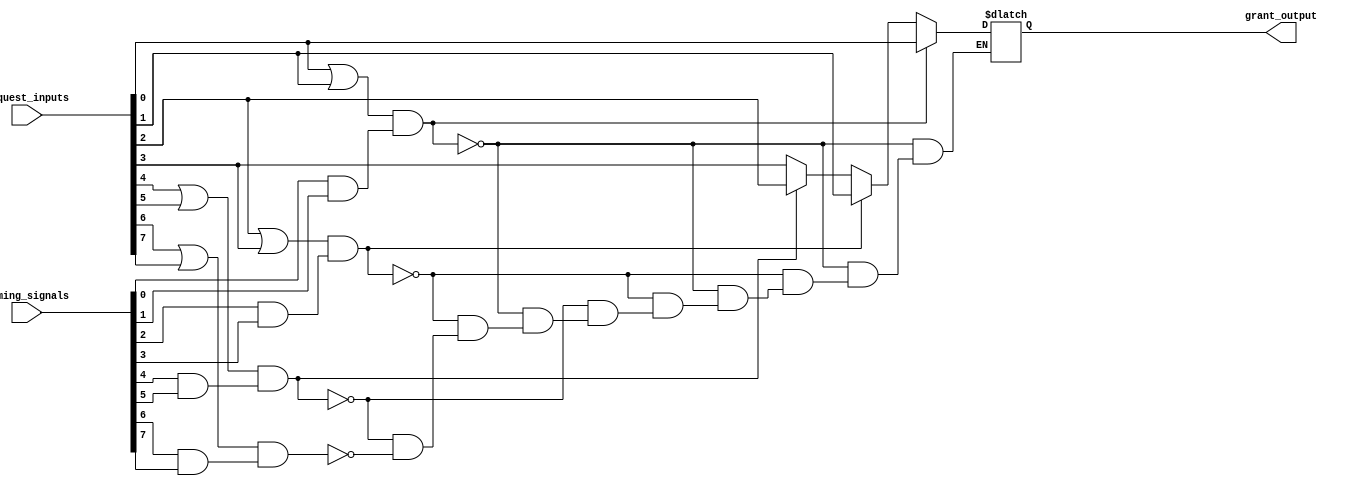
module binary_tree_arbiter (
    input wire [7:0] request_inputs,
    input wire [7:0] timing_signals,
    output wire grant_output
);

reg [7:0] next_level_request_inputs;
reg [7:0] next_level_timing_signals;
reg [7:0] highest_priority_request_input;
reg [3:0] highest_priority_index;

// Timing control and synchronization blocks

always @(*) begin
    next_level_request_inputs[0] = request_inputs[0] | request_inputs[1];
    next_level_request_inputs[1] = request_inputs[2] | request_inputs[3];
    next_level_request_inputs[2] = request_inputs[4] | request_inputs[5];
    next_level_request_inputs[3] = request_inputs[6] | request_inputs[7];
    
    next_level_timing_signals[0] = timing_signals[0] & timing_signals[1];
    next_level_timing_signals[1] = timing_signals[2] & timing_signals[3];
    next_level_timing_signals[2] = timing_signals[4] & timing_signals[5];
    next_level_timing_signals[3] = timing_signals[6] & timing_signals[7];
end

always @(*) begin
    if (next_level_request_inputs[0] && next_level_timing_signals[0]) begin
        highest_priority_request_input = request_inputs[0];
        highest_priority_index = 0;
    end else if (next_level_request_inputs[1] && next_level_timing_signals[1]) begin
        highest_priority_request_input = request_inputs[1];
        highest_priority_index = 1;
    end else if (next_level_request_inputs[2] && next_level_timing_signals[2]) begin
        highest_priority_request_input = request_inputs[2];
        highest_priority_index = 2;
    end else if (next_level_request_inputs[3] && next_level_timing_signals[3]) begin
        highest_priority_request_input = request_inputs[3];
        highest_priority_index = 3;
    end
end

assign grant_output = highest_priority_request_input;

endmodule